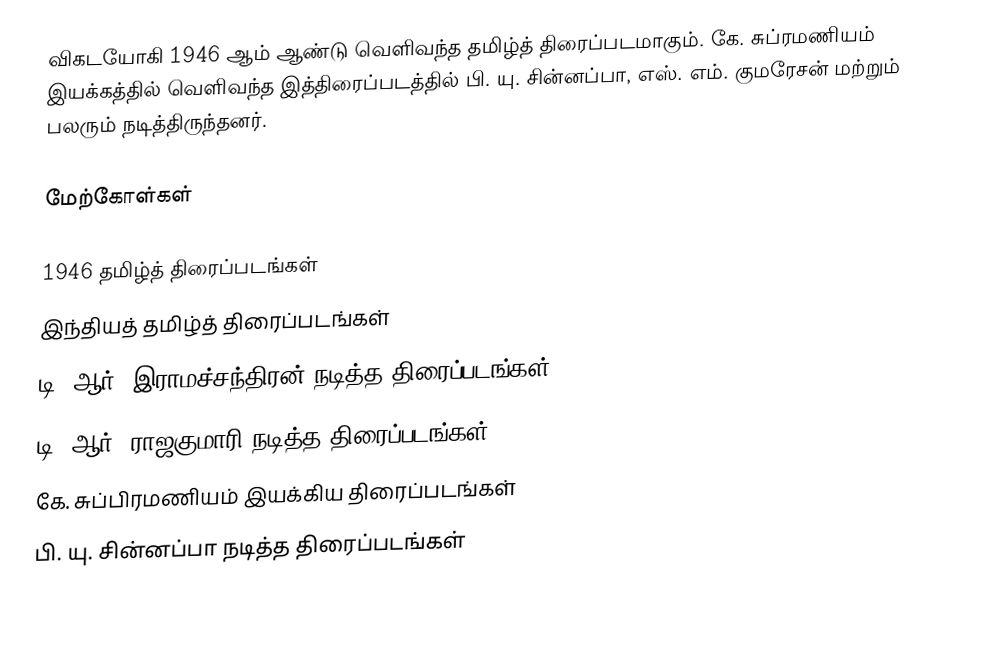
விகடயோகி 1946 ஆம் ஆண்டு வெளிவந்த தமிழ்த் திரைப்படமாகும். கே. சுப்ரமணியம் இயக்கத்தில் வெளிவந்த இத்திரைப்படத்தில் பி. யு. சின்னப்பா, எஸ். எம். குமரேசன் மற்றும் பலரும் நடித்திருந்தனர்.

மேற்கோள்கள்

1946 தமிழ்த் திரைப்படங்கள்
இந்தியத் தமிழ்த் திரைப்படங்கள்
டி. ஆர். இராமச்சந்திரன் நடித்த திரைப்படங்கள்
டி. ஆர். ராஜகுமாரி நடித்த திரைப்படங்கள்
கே. சுப்பிரமணியம் இயக்கிய திரைப்படங்கள்
பி. யு. சின்னப்பா நடித்த திரைப்படங்கள்